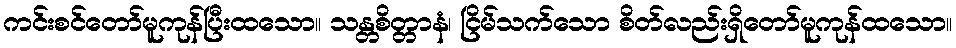
ကင်းစင်တော်မူကုန်ပြီးထသော။ သန္တစိတ္တာနံ၊ ငြိမ်သက်သော စိတ်လည်းရှိတော်မူကုန်ထသော။